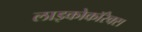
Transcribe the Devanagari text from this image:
लाइकोकॉरेक्स